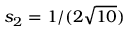
s _ { 2 } = 1 / ( 2 \sqrt { 1 0 } )